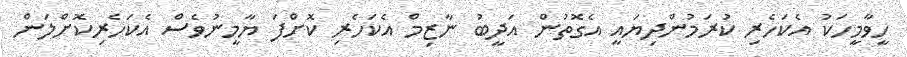
ހީވާމީހަކު އެކަހެރި ކުރަމުންދިޔައީ އެގޮތުން އަދީބު ނާޒިމް އެކަހެރި ކޮށްފަ ޔާމީނުވެސް އެކަހެރިކޮށްލަން